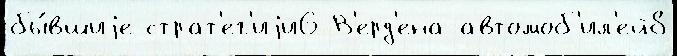
бы́вшиjе страт'ег'иjи6 В'ерд'ена автомоб'ил'ей8